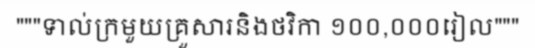
"""ទាល់ក្រមួយគ្រួសារនិងថវិកា ១០០,០០០រៀល"""